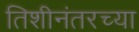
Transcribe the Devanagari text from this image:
तिशीनंतरच्या